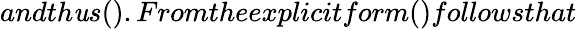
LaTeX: andth\mathit{u}s().Fromtheexplicitform()followsthat